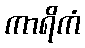
ကာရိကံ